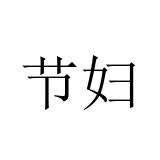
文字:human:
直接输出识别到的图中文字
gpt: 节妇